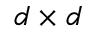
d \times d